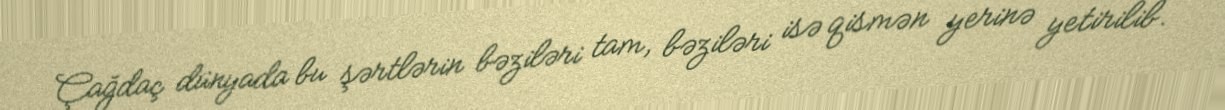
Çağdaç dünyada bu şərtlərin bəziləri tam, bəziləri isə qismən yerinə yetirilib.